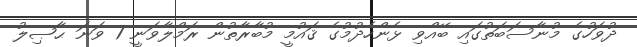
ދުވަހުގެ މުނާސަބަތުގައި ބޭއްވި ޅެންހެދުމުގެ ޤައުމީ މުބާރާތުން ރަމްލާވަނީ 1 ވަނަ ޙާޞިލު